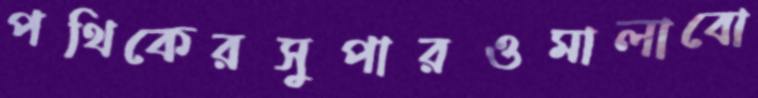
পথিকেরসুপারওমালাবো